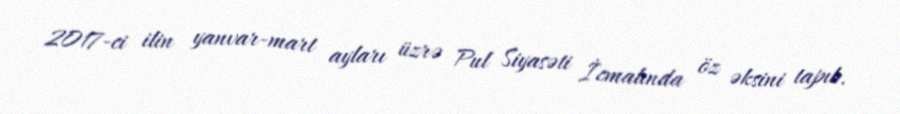
2017-ci ilin yanvar-mart ayları üzrə Pul Siyasəti İcmalında öz əksini tapıb.